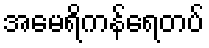
အမေရိကန်ရေတပ်